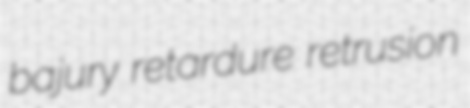
bajury retardure retrusion